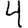
Digit: 4